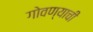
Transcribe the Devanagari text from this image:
गोवण्याची